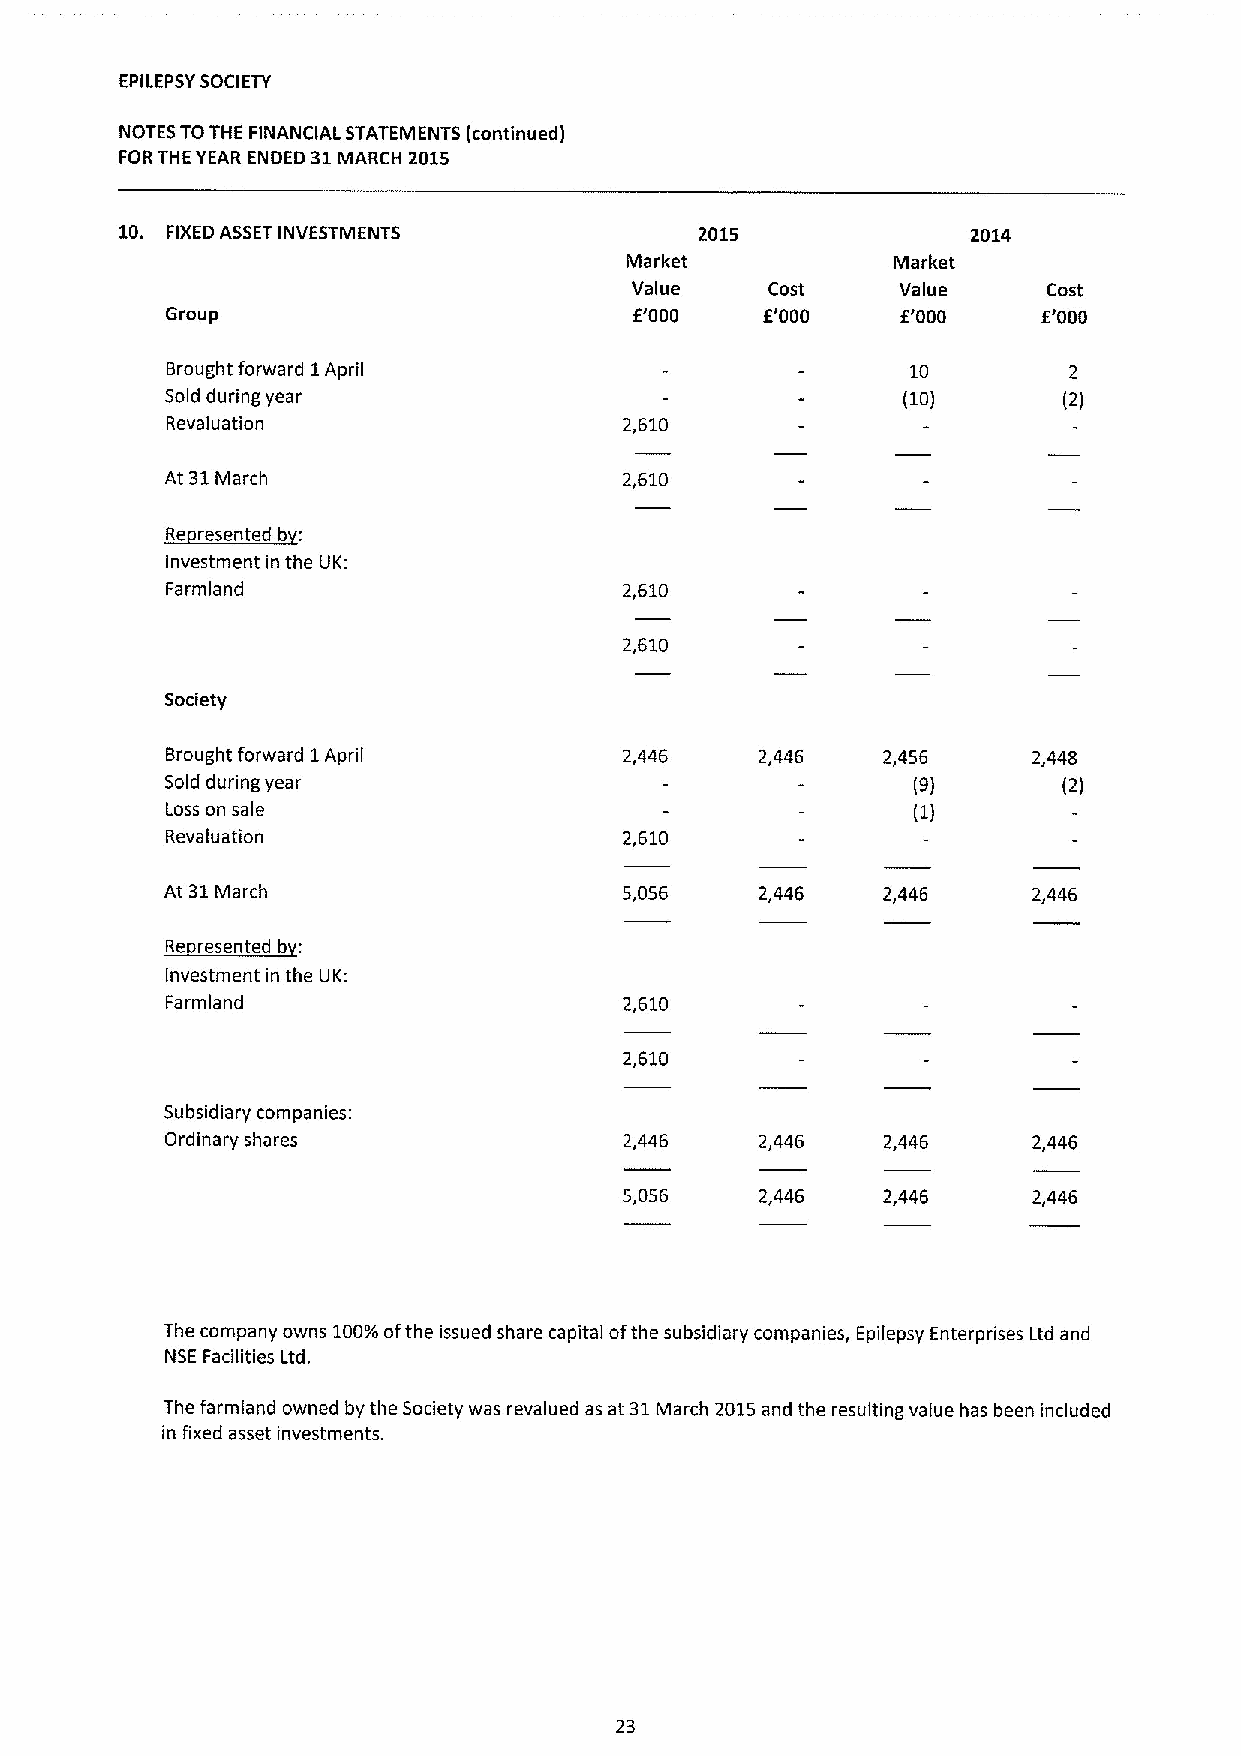
EPILEPSYSOCIETY
 NOTES TOTHE FINANCIAL STATEMENTS (continued)
 FORTHE YEAR ENDED 31MARCH 2015
 10. FIXEDASSETINVESTMENTS             2015              2014
 Market            Market
 Value    Cost     Value    Cost
 Group                          f'000   f'000     f'000    f'000
 Brought forward 1April                           10         2
 Sold during year                                 (10)      (2)
 Revaluation                   2,610
 At 31March                    2,610
 ~dd
 R
 Investment in the UK:
 Farmland                      2,610
 2,610
 Society
 Brought forward 1April        2,446    2,446   2,456     2,448
 Sold during year                                 (9)       (2)
 Loss on sale                                     (1)
 Revaluation                   2,610
 At 31March                    5,056    2,446   2,446     2,446
 dd:
 Investment in the UK:
 Farmland                      2,610
 2,610
 Subsidiary companies:
 Ordinary shares               2,446    2,446   2,446     2,446
 5,056    2,446   2,446     2,446
 The company owns 100%ofthe issued share capital ofthe subsidiary companies, Epilepsy Enterprises Ltd and
 NSE Facilities Ltd.
 The farmland owned by the Society was revalued as at 31March 2015and the resulting value has been included
 in fixed asset investments.
 23